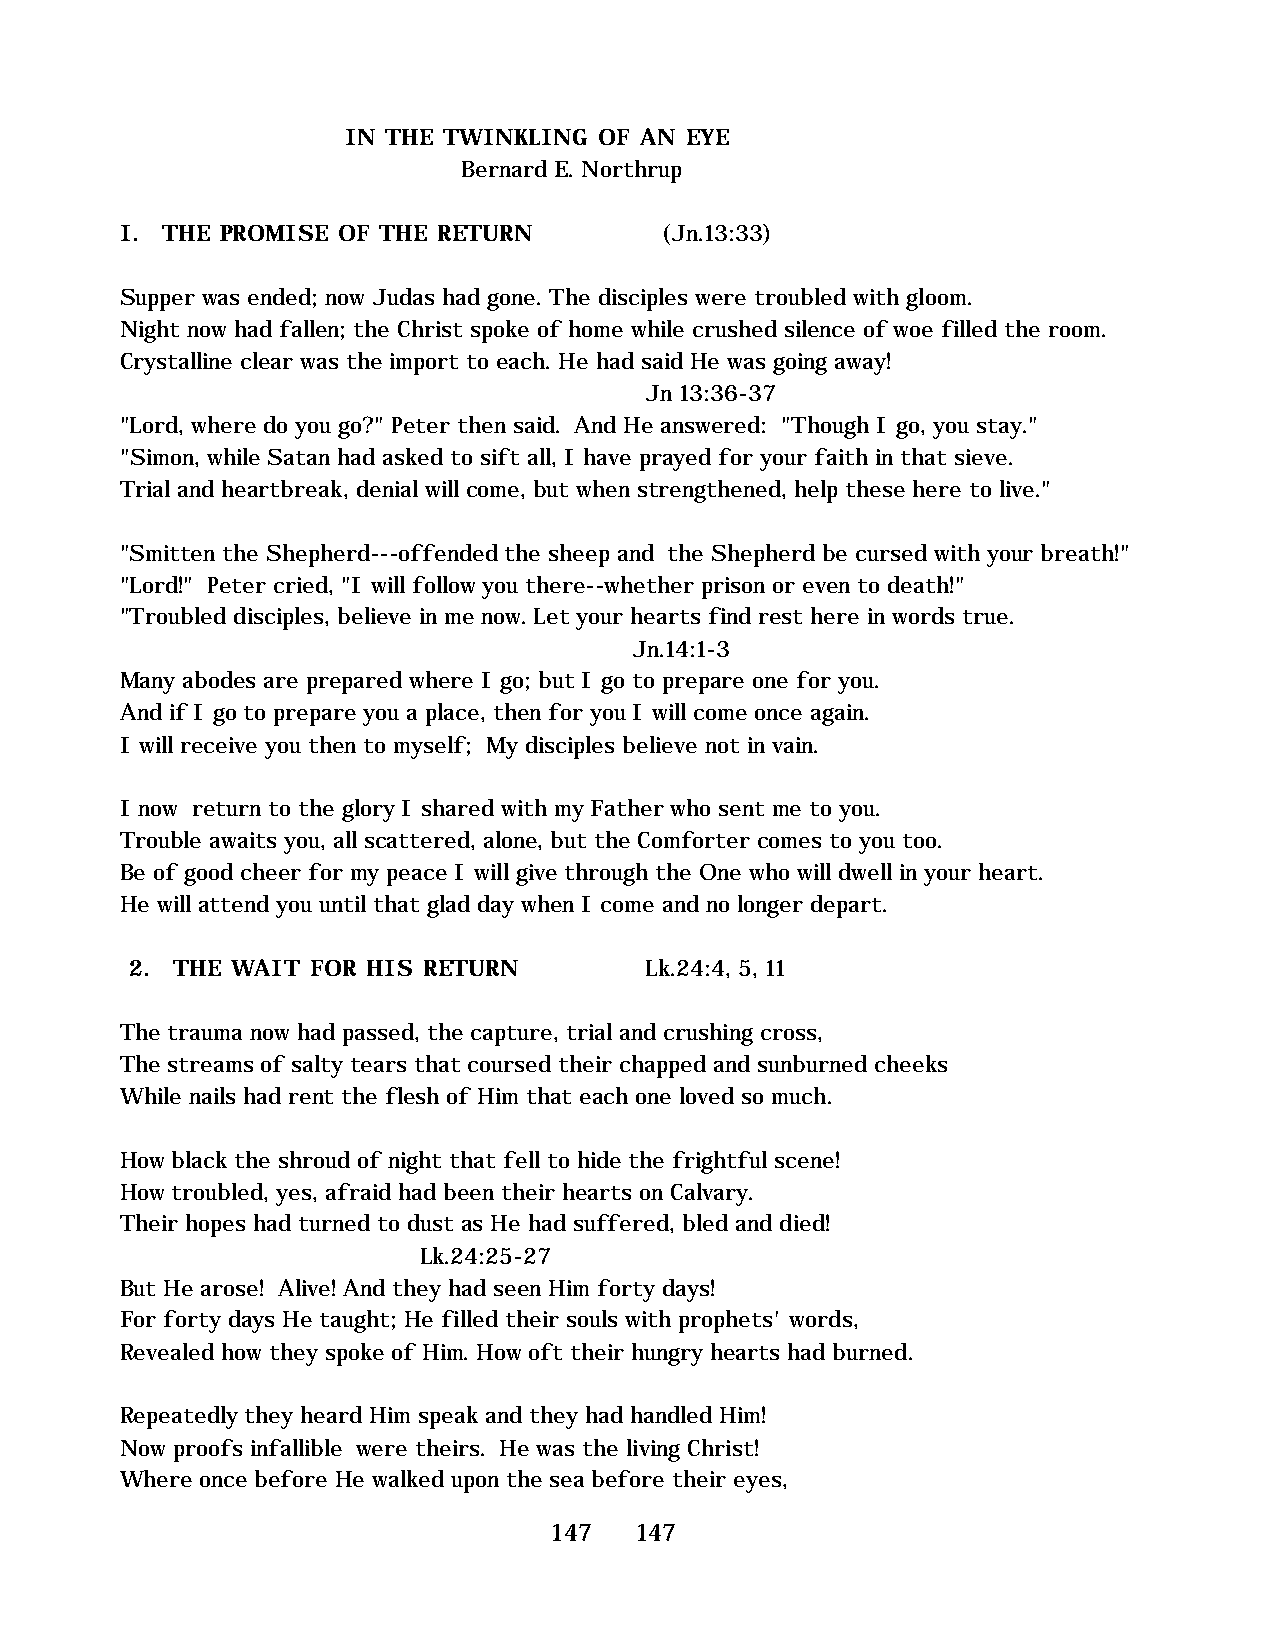
IN THE TWINKLING OF AN EYE
 Bernard E. Northrup
 I. THE PROMISE OF THE RETURN        (Jn.13:33)
 Supper was ended; now Judas had gone. The disciples were troubled with gloom.
 Night now had fallen; the Christ spoke of home while crushed silence of woe filled the room.
 Crystalline clear was the import to each. He had said He was going away!
 Jn 13:36-37
 "Lord, where do you go?" Peter then said. And He answered: "Though I go, you stay."
 "Simon, while Satan had asked to sift all, I have prayed for your faith in that sieve.
 Trial and heartbreak, denial will come, but when strengthened, help these here to live."
 "Smitten the Shepherd---offended the sheep and the Shepherd be cursed with your breath!"
 "Lord!" Peter cried, "I will follow you there--whether prison or even to death!"
 "Troubled disciples, believe in me now. Let your hearts find rest here in words true.
 Jn.14:1-3
 Many abodes are prepared where I go; but I go to prepare one for you.
 And if I go to prepare you a place, then for you I will come once again.
 I will receive you then to myself; My disciples believe not in vain.
 I now return to the glory I shared with my Father who sent me to you.
 Trouble awaits you, all scattered, alone, but the Comforter comes to you too.
 Be of good cheer for my peace I will give through the One who will dwell in your heart.
 He will attend you until that glad day when I come and no longer depart.
 2. THE WAIT FOR HIS RETURN        Lk.24:4, 5, 11
 The trauma now had passed, the capture, trial and crushing cross,
 The streams of salty tears that coursed their chapped and sunburned cheeks
 While nails had rent the flesh of Him that each one loved so much.
 How black the shroud of night that fell to hide the frightful scene!
 How troubled, yes, afraid had been their hearts on Calvary.
 Their hopes had turned to dust as He had suffered, bled and died!
 Lk.24:25-27
 But He arose! Alive! And they had seen Him forty days!
 For forty days He taught; He filled their souls with prophets' words,
 Revealed how they spoke of Him. How oft their hungry hearts had burned.
 Repeatedly they heard Him speak and they had handled Him!
 Now proofs infallible were theirs. He was the living Christ!
 Where once before He walked upon the sea before their eyes,
 147   147